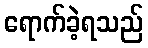
ရောက်ခဲ့ရသည်